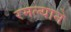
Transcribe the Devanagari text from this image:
रमल्याने